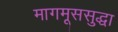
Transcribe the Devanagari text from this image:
मागमूससुद्धा